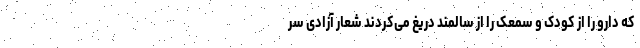
که دارو را از کودک و سمعک را از سالمند دریغ می‌کردند شعار آزادی سر